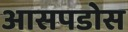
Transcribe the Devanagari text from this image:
आसपडोस